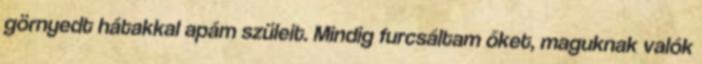
görnyedt hátakkal apám szüleit. Mindig furcsáltam őket, maguknak valók